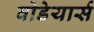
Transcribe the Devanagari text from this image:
वोडेयार्स